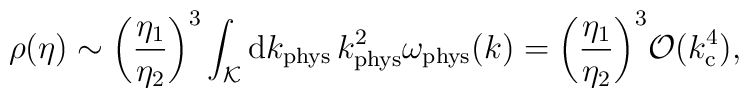
\rho (\eta )\sim \biggl(\frac{\eta _1}{\eta _2}\biggr)^3\int_{\cal K} {\rm d}k_{\rm phys}\,k^2_{\rm phys}\omega _{\rm phys }(k)=\biggl(\frac{\eta _1}{\eta _2}\biggr)^3{\cal O}(k_{\rm c}^4),